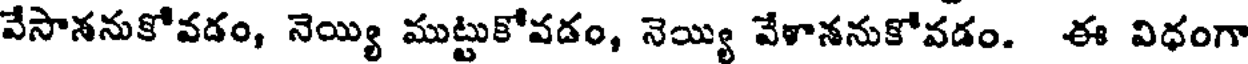
వేసాననుకోవడం, నెయ్యి ముట్టుకోవడం, నెయ్యి వేళాననుకోవడం. ఈ విధంగా